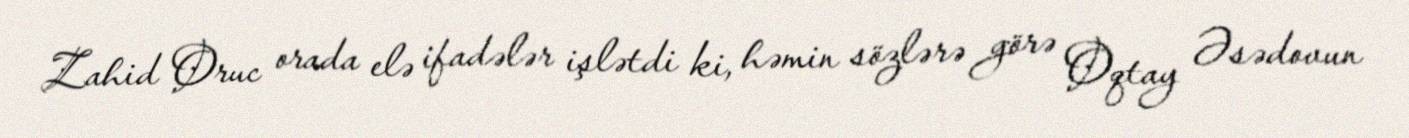
Zahid Oruc orada elə ifadələr işlətdi ki, həmin sözlərə görə Oqtay Əsədovun